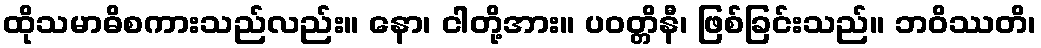
ထိုသမာဓိစကားသည်လည်း။ နော၊ ငါတို့အား။ ပဝတ္တိနီ၊ ဖြစ်ခြင်းသည်။ ဘဝိဿတိ၊